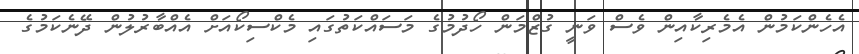
އެހެންކަމުން އެމެރިކާއިން ވެސް ވަނީ ގުޒްމަން ހޯދުމުގެ މަސައްކަތުގައި މެކްސިކޯއަށް އެއްބާރުލުން ދޭނެކަމުގެ